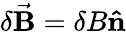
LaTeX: \delta\vec{\mathbf B}=\delta B\mathbf{\hat{n}}